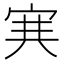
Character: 𡨄